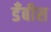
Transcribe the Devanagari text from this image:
डँबीस